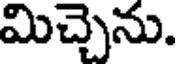
మిచ్చెను.